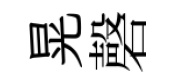
晃磬